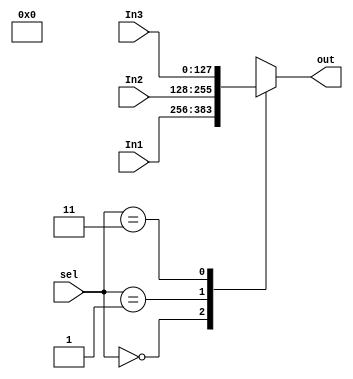
`timescale 1ns / 1ps
//////////////////////////////////////////////////////////////////////////////////
// Company: 
// Engineer: 
// 
// Design Name: 
// Module Name: MUX
// Project Name: 
// Target Devices: 
// Tool Versions: 
// Description: 
// 
// Dependencies: 
// 
// Revision:
// Revision 0.01 - File Created
// Additional Comments:
// 
//////////////////////////////////////////////////////////////////////////////////



module MUX3X1
    #(parameter N=128)(
    input [N-1:0] In1,
    input [N-1:0] In2,
    input [N-1:0] In3,
    input [1:0] sel,
    output reg [N-1:0] out
    );
    always @(*) begin
        case(sel)
            2'b00: out=In1;
            2'b01: out=In2;
            2'b11: out=In3;
            default: out = 2'bx;
        endcase
    end
endmodule